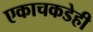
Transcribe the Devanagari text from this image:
एकाचकडेही